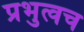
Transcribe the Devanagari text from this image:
प्रभुत्वच